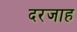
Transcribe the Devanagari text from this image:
दरजाह